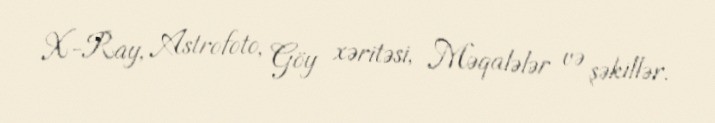
X-Ray, Astrofoto, Göy xəritəsi, Məqalələr və şəkillər.